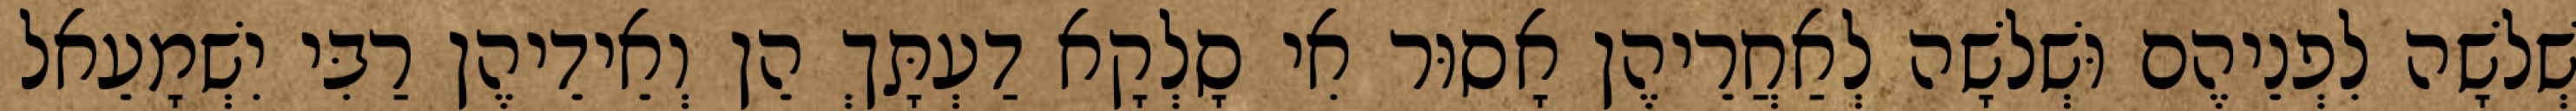
שְׁלֹשָׁה לִפְנֵיהֶם וּשְׁלֹשָׁה לְאַחֲרֵיהֶן אָסוּר אִי סָלְקָא דַעְתָּךְ הֵן וְאֵידֵיהֶן רַבִּי יִשְׁמָעֵאל